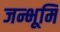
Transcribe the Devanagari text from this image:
जन्भूमि